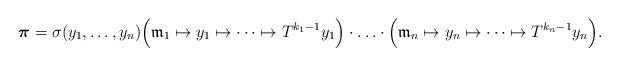
LaTeX: \begin{align*} \boldsymbol{\pi}=\sigma(y_1,\ldots,y_n)\Big(\mathfrak{m}_1\mapsto y_1\mapsto\cdots\mapsto T^{k_1-1}y_1\Big)\cdot\ldots\cdot\Big(\mathfrak{m}_n\mapsto y_n\mapsto \cdots\mapsto T^{k_n-1}y_n\Big).\end{align*}